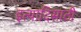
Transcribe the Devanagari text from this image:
इत्यादिसाठी